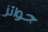
جوائز